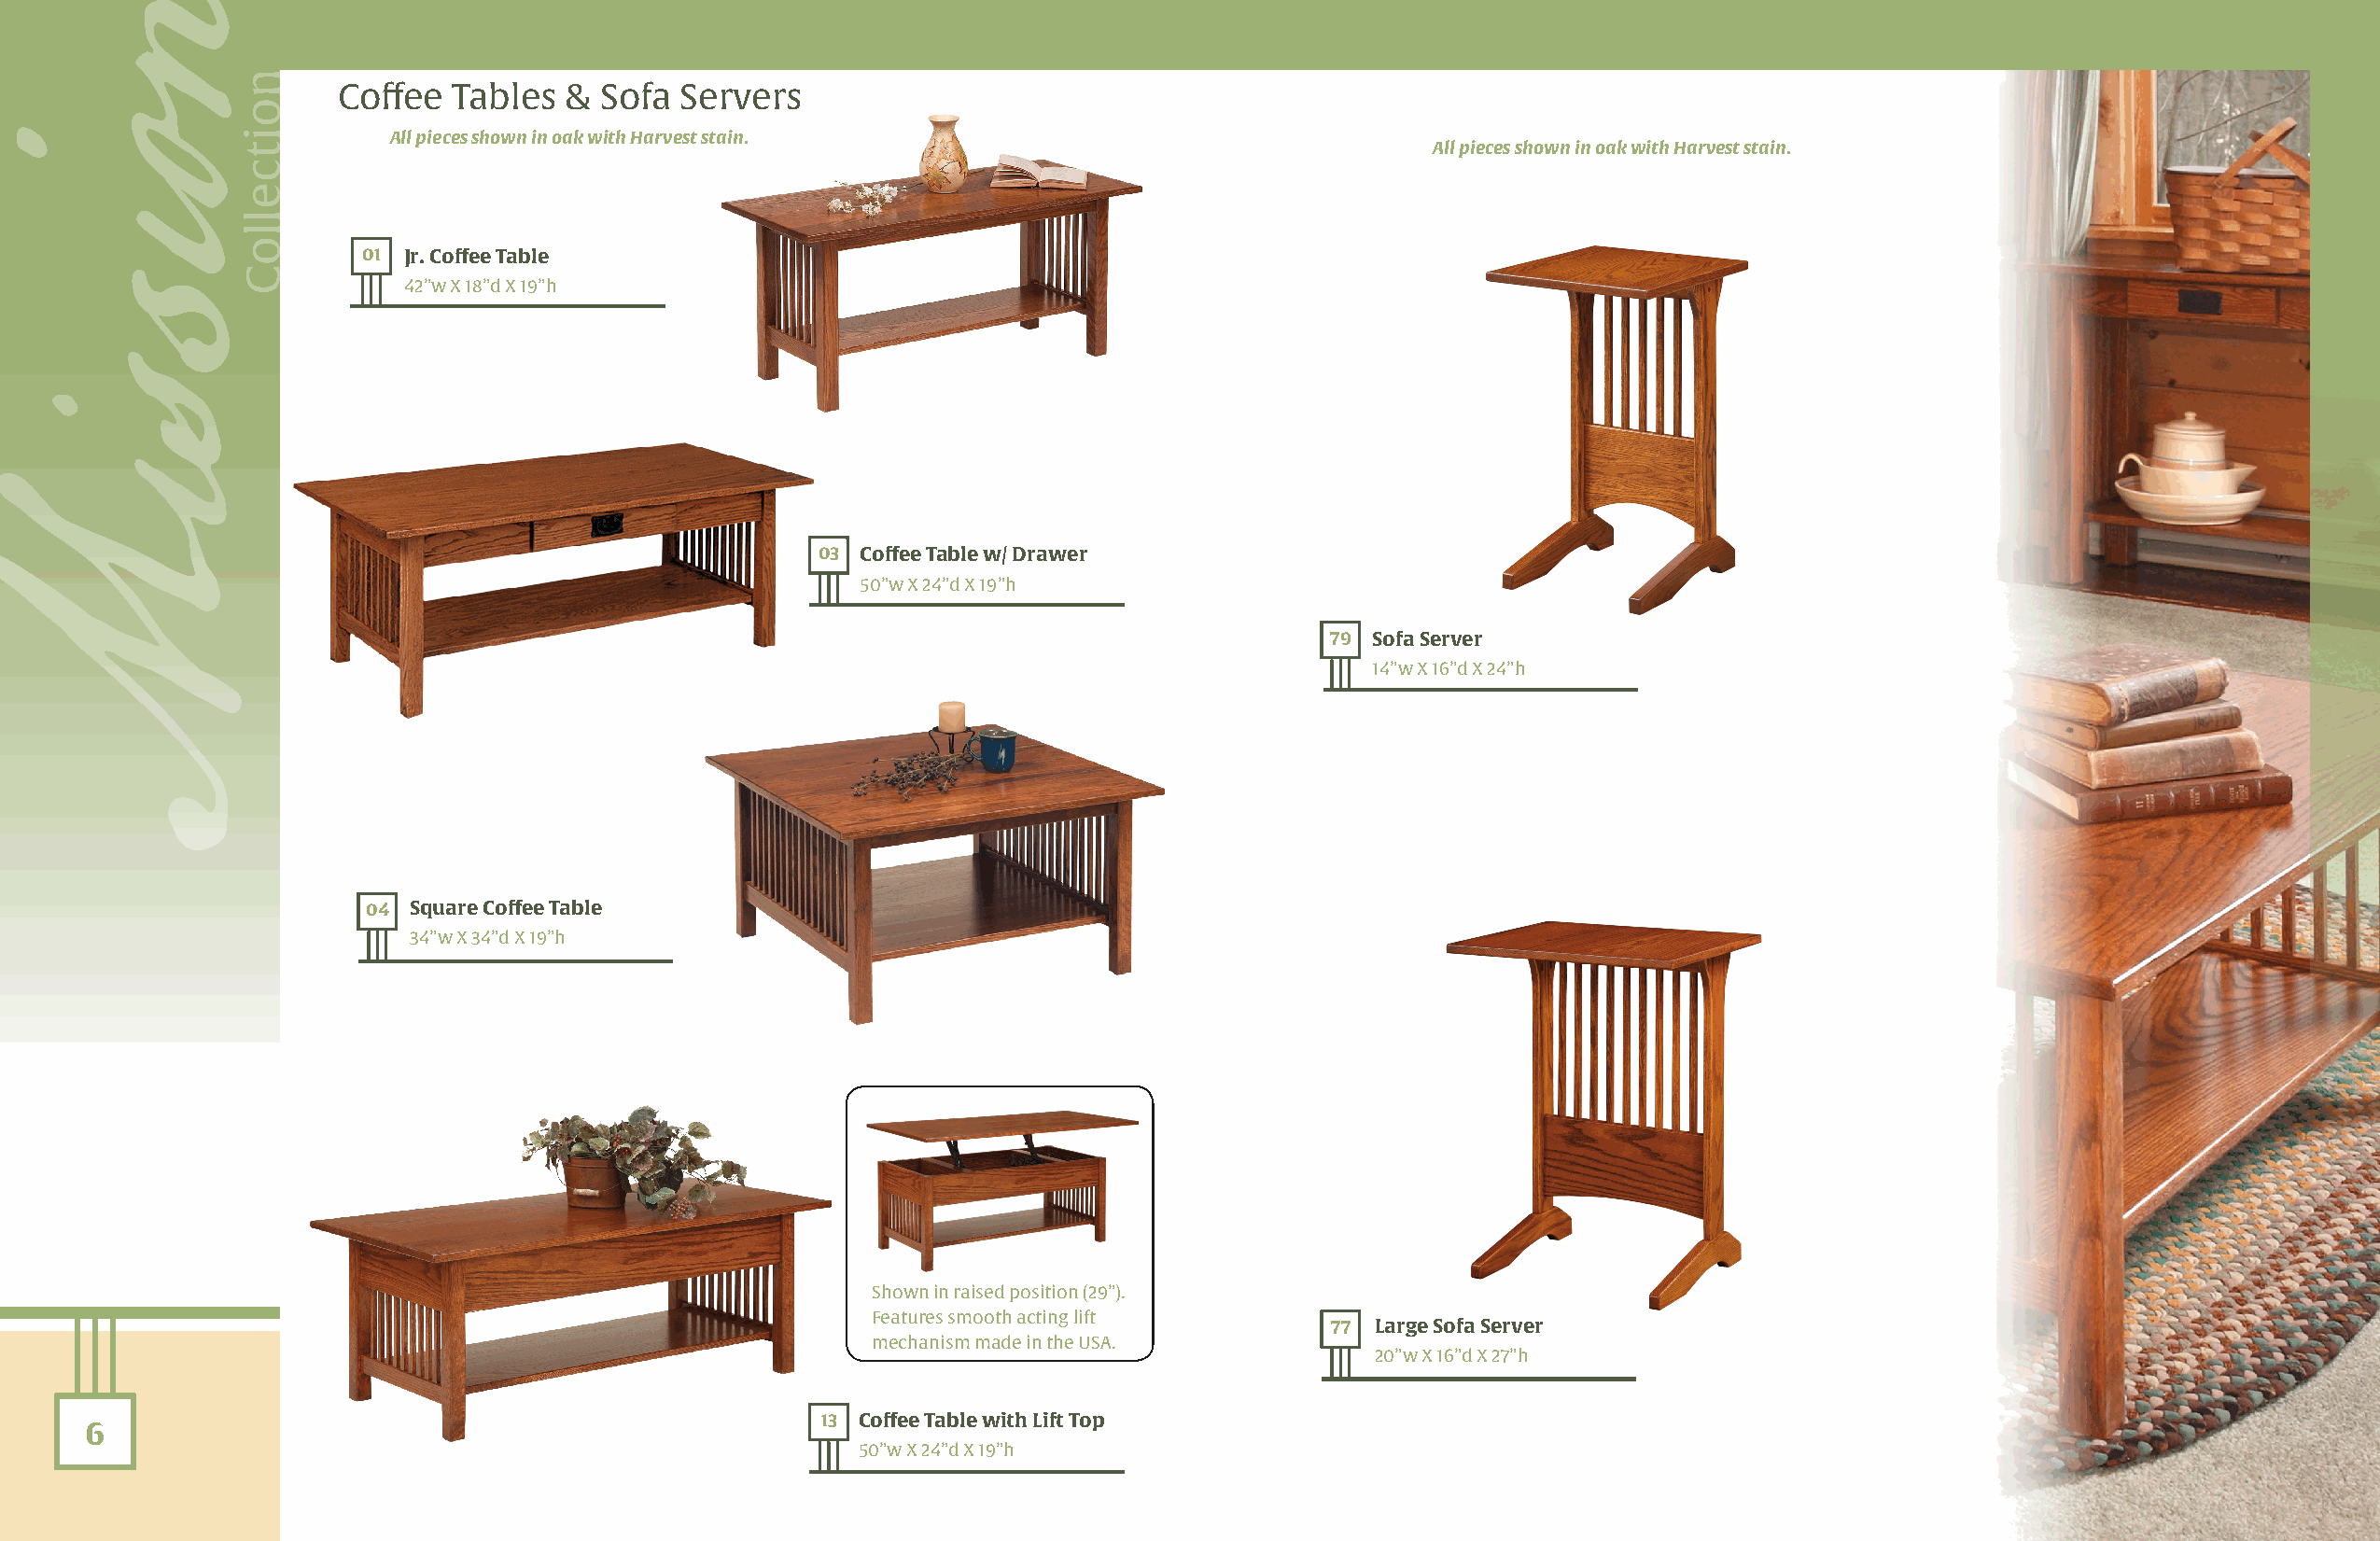
Coffee  Tables  &  Sofa Servers
 All pieces shown in oak with Harvest stain.
 All pieces shown in oak with Harvest stain.
 01 Jr. Coffee Table
 42”w X 18”d X 19”h
 03 Coffee Table w/ Drawer
 50”w X 24”d X 19”h
 79 Sofa Server
 14”w X 16”d X 24”h
 04 Square Coffee Table
 34”w X 34”d X 19”h
 Shown in raised position (29”).
 Features smooth acting lift
 77 Large Sofa Server
 mechanism made in the USA.
 20”w X 16”d X 27”h
 13 Coffee Table with Lift Top
 6
 50”w X 24”d X 19”h
 onisisM
 noitcelloC